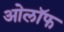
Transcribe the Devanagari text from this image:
ओलॉफ